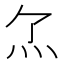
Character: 𤆒